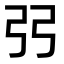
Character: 弜